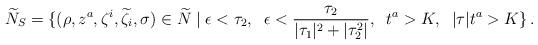
LaTeX: \begin{align*} \widetilde{N}_S=\{(\rho,z^a,\zeta^i,\widetilde{\zeta}_i,\sigma)\in \widetilde{N}\; | \; \epsilon<\tau_2, \;\; \epsilon< \frac{\tau_2}{|\tau_1|^2+|\tau_2^2|},\;\; t^a>K, \;\; |\tau|t^a>K\}\,.\end{align*}